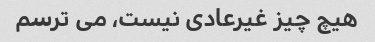
هیچ چیز غیرعادی نیست، می ترسم